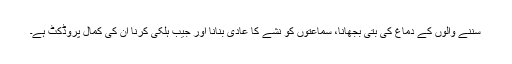
سننے والوں کے دماغ کی بتی بجھانا، سماعتوں کو نشے کا عادی بنانا اور جیب ہلکی کرنا ان کی کمال پروڈکٹ ہے۔